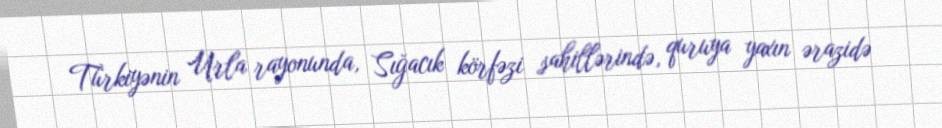
Türkiyənin Urla rayonunda, Sığacık körfəzi sahillərində, quruya yaxın ərazidə